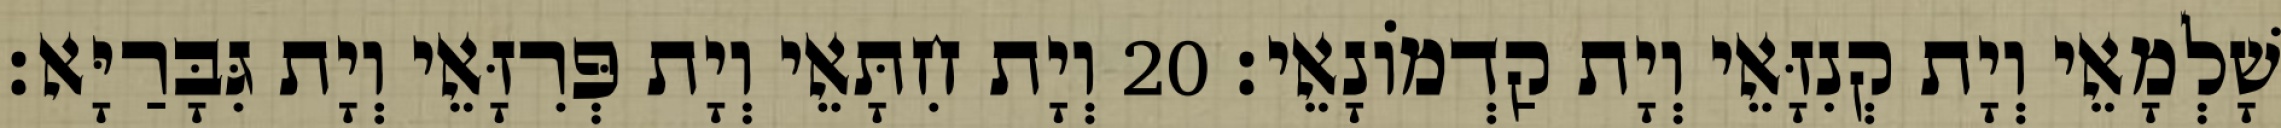
שָׁלְמָאֵי וְיָת קְנִזָּאֵי וְיָת קַדְמוֹנָאֵי׃ 20 וְיָת חִתָּאֵי וְיָת פְּרִזָּאֵי וְיָת גִּבָּרַיָּא׃